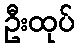
ဦးထုပ်